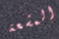
المشعة